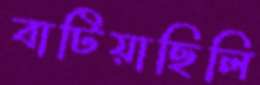
বাটিয়াছিলি